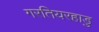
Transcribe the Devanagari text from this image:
गरतियरहाडु